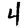
Digit: 4